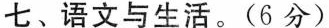
七、语文与生活。(6分)